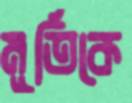
মূর্তিকে